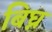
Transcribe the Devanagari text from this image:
बिघ्न